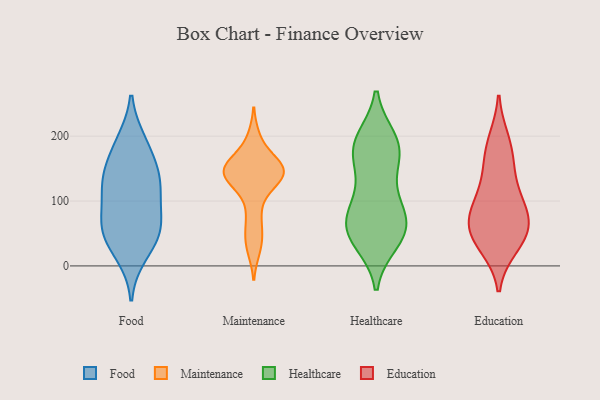
{"axis": {"x": "Customer Acquisition Cost (USD)", "y": "Value"}, "legend": ["Education", "Food", "Healthcare", "Maintenance"], "data": [{"x": "", "y": 55, "type": "Food"}, {"x": "", "y": 132, "type": "Food"}, {"x": "", "y": 186, "type": "Food"}, {"x": "", "y": 73, "type": "Food"}, {"x": "", "y": 154, "type": "Food"}, {"x": "", "y": 62, "type": "Food"}, {"x": "", "y": 191, "type": "Food"}, {"x": "", "y": 36, "type": "Food"}, {"x": "", "y": 18, "type": "Food"}, {"x": "", "y": 112, "type": "Food"}, {"x": "", "y": 126, "type": "Food"}, {"x": "", "y": 130, "type": "Food"}, {"x": "", "y": 61, "type": "Food"}, {"x": "", "y": 196, "type": "Maintenance"}, {"x": "", "y": 133, "type": "Maintenance"}, {"x": "", "y": 27, "type": "Maintenance"}, {"x": "", "y": 150, "type": "Maintenance"}, {"x": "", "y": 154, "type": "Maintenance"}, {"x": "", "y": 148, "type": "Maintenance"}, {"x": "", "y": 158, "type": "Maintenance"}, {"x": "", "y": 81, "type": "Maintenance"}, {"x": "", "y": 49, "type": "Maintenance"}, {"x": "", "y": 146, "type": "Maintenance"}, {"x": "", "y": 140, "type": "Maintenance"}, {"x": "", "y": 122, "type": "Maintenance"}, {"x": "", "y": 73, "type": "Healthcare"}, {"x": "", "y": 175, "type": "Healthcare"}, {"x": "", "y": 52, "type": "Healthcare"}, {"x": "", "y": 44, "type": "Healthcare"}, {"x": "", "y": 74, "type": "Healthcare"}, {"x": "", "y": 195, "type": "Healthcare"}, {"x": "", "y": 85, "type": "Healthcare"}, {"x": "", "y": 99, "type": "Healthcare"}, {"x": "", "y": 37, "type": "Healthcare"}, {"x": "", "y": 60, "type": "Healthcare"}, {"x": "", "y": 195, "type": "Healthcare"}, {"x": "", "y": 161, "type": "Healthcare"}, {"x": "", "y": 184, "type": "Healthcare"}, {"x": "", "y": 46, "type": "Healthcare"}, {"x": "", "y": 129, "type": "Healthcare"}, {"x": "", "y": 180, "type": "Healthcare"}, {"x": "", "y": 49, "type": "Education"}, {"x": "", "y": 32, "type": "Education"}, {"x": "", "y": 146, "type": "Education"}, {"x": "", "y": 191, "type": "Education"}, {"x": "", "y": 89, "type": "Education"}, {"x": "", "y": 81, "type": "Education"}, {"x": "", "y": 113, "type": "Education"}, {"x": "", "y": 77, "type": "Education"}, {"x": "", "y": 175, "type": "Education"}, {"x": "", "y": 51, "type": "Education"}, {"x": "", "y": 46, "type": "Education"}]}